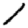
Digit: 1